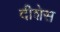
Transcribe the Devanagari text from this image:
दीशेस